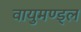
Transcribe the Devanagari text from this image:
वायुमण्ड्ल